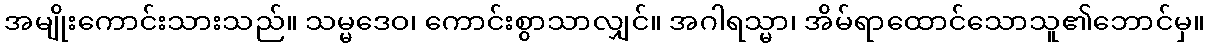
အမျိုးကောင်းသားသည်။ သမ္မဒေဝ၊ ကောင်းစွာသာလျှင်။ အဂါရသ္မာ၊ အိမ်ရာထောင်သောသူ၏ဘောင်မှ။